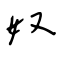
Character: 奴